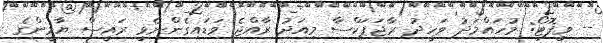
-- ވީފޮޓޯ: މުހައްމަދު ވަހީދު ރާޖަޕަކްސާ މިއަދު ރާއްޖެ ވަޑައިގެންނެވީ ރައީސް ޔާމީންގެ